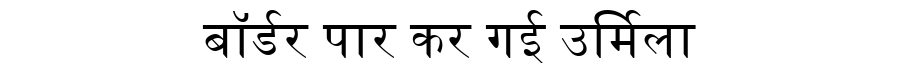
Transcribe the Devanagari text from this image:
बॉर्डर पार कर गई उर्मिला